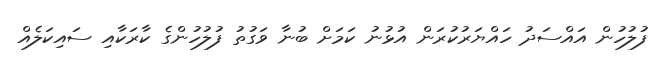
ފުލުހުން އައްސަދު ހައްޔަރުކުރަން އުޅުނު ކަމަށް ބުނާ ވަގުތު ފުލުހުންގެ ކާރަކާއި ސައިކަލެއް